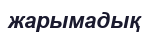
жарымадық